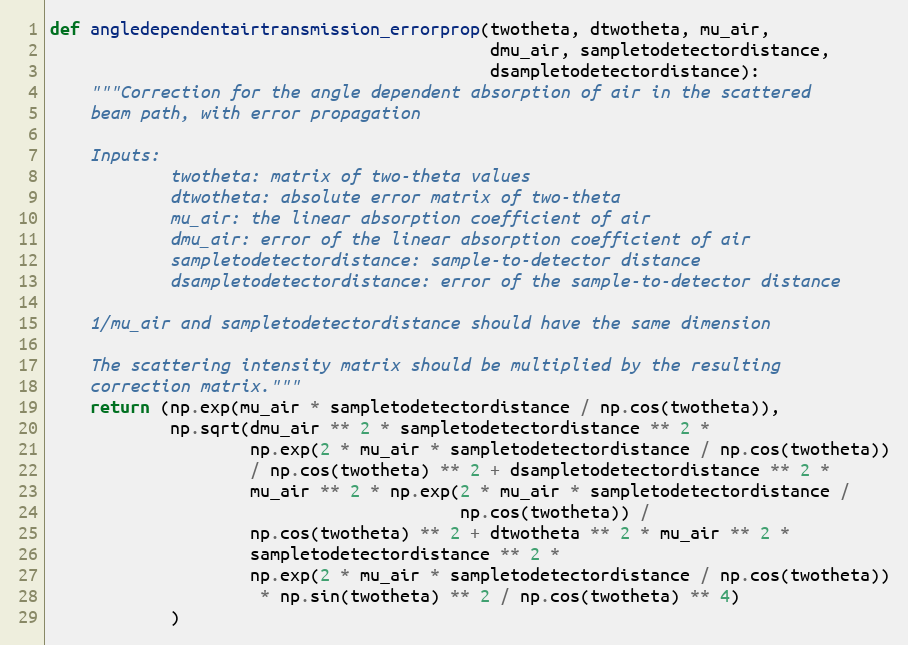
Language: Python
def angledependentairtransmission_errorprop(twotheta, dtwotheta, mu_air,
                                            dmu_air, sampletodetectordistance,
                                            dsampletodetectordistance):
    """Correction for the angle dependent absorption of air in the scattered
    beam path, with error propagation

    Inputs:
            twotheta: matrix of two-theta values
            dtwotheta: absolute error matrix of two-theta
            mu_air: the linear absorption coefficient of air
            dmu_air: error of the linear absorption coefficient of air
            sampletodetectordistance: sample-to-detector distance
            dsampletodetectordistance: error of the sample-to-detector distance

    1/mu_air and sampletodetectordistance should have the same dimension

    The scattering intensity matrix should be multiplied by the resulting
    correction matrix."""
    return (np.exp(mu_air * sampletodetectordistance / np.cos(twotheta)),
            np.sqrt(dmu_air ** 2 * sampletodetectordistance ** 2 *
                    np.exp(2 * mu_air * sampletodetectordistance / np.cos(twotheta))
                    / np.cos(twotheta) ** 2 + dsampletodetectordistance ** 2 *
                    mu_air ** 2 * np.exp(2 * mu_air * sampletodetectordistance /
                                         np.cos(twotheta)) /
                    np.cos(twotheta) ** 2 + dtwotheta ** 2 * mu_air ** 2 *
                    sampletodetectordistance ** 2 *
                    np.exp(2 * mu_air * sampletodetectordistance / np.cos(twotheta))
                     * np.sin(twotheta) ** 2 / np.cos(twotheta) ** 4)
            )